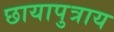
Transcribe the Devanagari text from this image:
छायापुत्राय